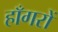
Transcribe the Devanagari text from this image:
हाँगरों